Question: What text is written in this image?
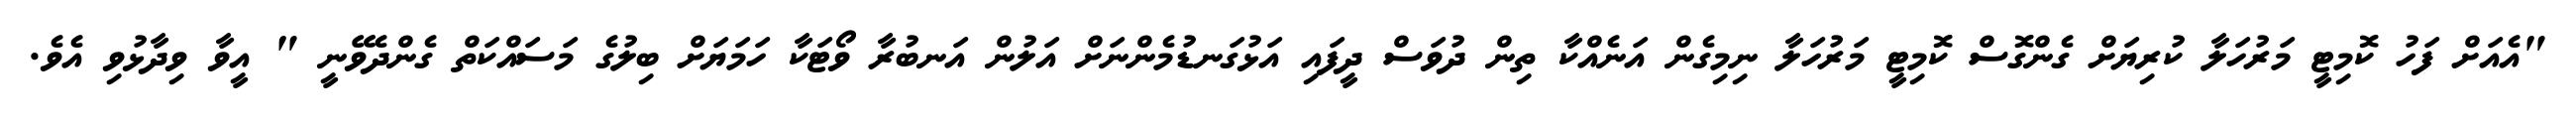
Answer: "އެއަށް ފަހު ކޮމިޓީ މަރުހަލާ ކުރިޔަށް ގެންގޮސް ކޮމިޓީ މަރުހަލާ ނިމިގެން އަނެއްކާ ތިން ދުވަސް ދީފައި އަޅުގަނޑުމެންނަށް އަލުން އަނބުރާ ވޯޓަކާ ހަމަޔަށް ބިލުގެ މަސައްކަތް ގެންދެވޭނީ " އީވާ ވިދާޅުވި އެވެ.